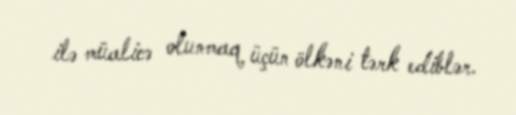
ilə müalicə olunmaq üçün ölkəni tərk ediblər.